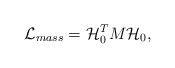
\begin{align*}{\cal L}_{mass}= {\cal H}_0^T M {\cal H}_0,\end{align*}